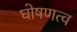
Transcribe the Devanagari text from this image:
घोषणत्व